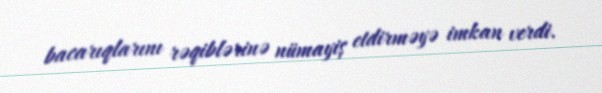
bacarıqlarını rəqiblərinə nümayiş etdirməyə imkan verdi.